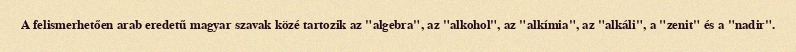
A felismerhetően arab eredetű magyar szavak közé tartozik az "algebra", az "alkohol", az "alkímia", az "alkáli", a "zenit" és a "nadir".